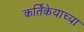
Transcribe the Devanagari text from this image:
कर्तिकेयाच्या